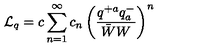
{ \cal L } _ { q } = c \sum _ { n = 1 } ^ { \infty } c _ { n } \left( \frac { q ^ { + a } q _ { a } ^ { - } } { \bar { W } W } \right) ^ { n }